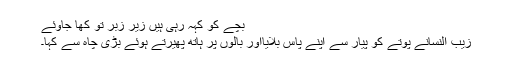
بچے کو کہہ رہی ہیں زیر زبر تو کھا جاوئے
زیب النسانے پوتے کو پیار سے اپنے پاس بلایااور بالوں پر ہاتھ پھیرتے ہوئے بڑی چاہ سے کہا۔